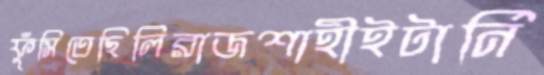
ফুঁসিতেছিলিরাজশাহীইটার্নি